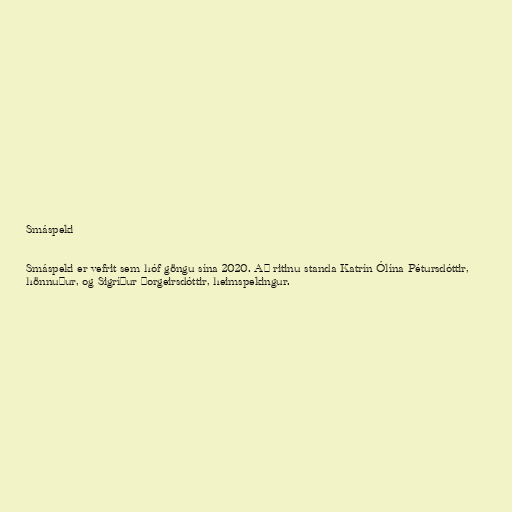
Smáspeki

Smáspeki er vefrit sem hóf göngu sína 2020. Að ritinu standa Katrín Ólína Pétursdóttir,
hönnuður, og Sigríður Þorgeirsdóttir, heimspekingur.